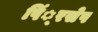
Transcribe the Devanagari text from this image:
पिं्रसेप